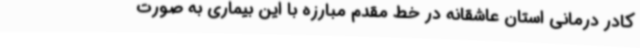
کادر درمانی استان عاشقانه در خط مقدم مبارزه با این بیماری به صورت